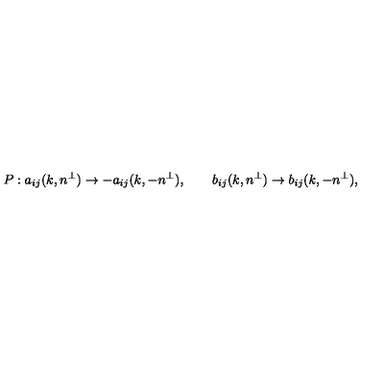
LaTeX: P : a _ { i j } ( k , n ^ { \perp } ) \rightarrow - a _ { i j } ( k , - n ^ { \perp } ) , \qquad b _ { i j } ( k , n ^ { \perp } ) \rightarrow b _ { i j } ( k , - n ^ { \perp } ) ,